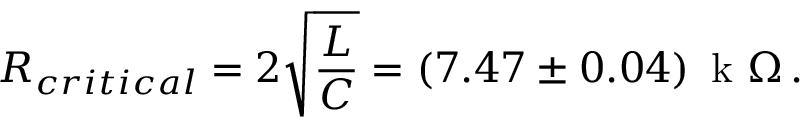
R _ { c r i t i c a l } = 2 \sqrt { \frac { L } { C } } = ( 7 . 4 7 \pm 0 . 0 4 ) \, \textrm { k } \Omega \, .